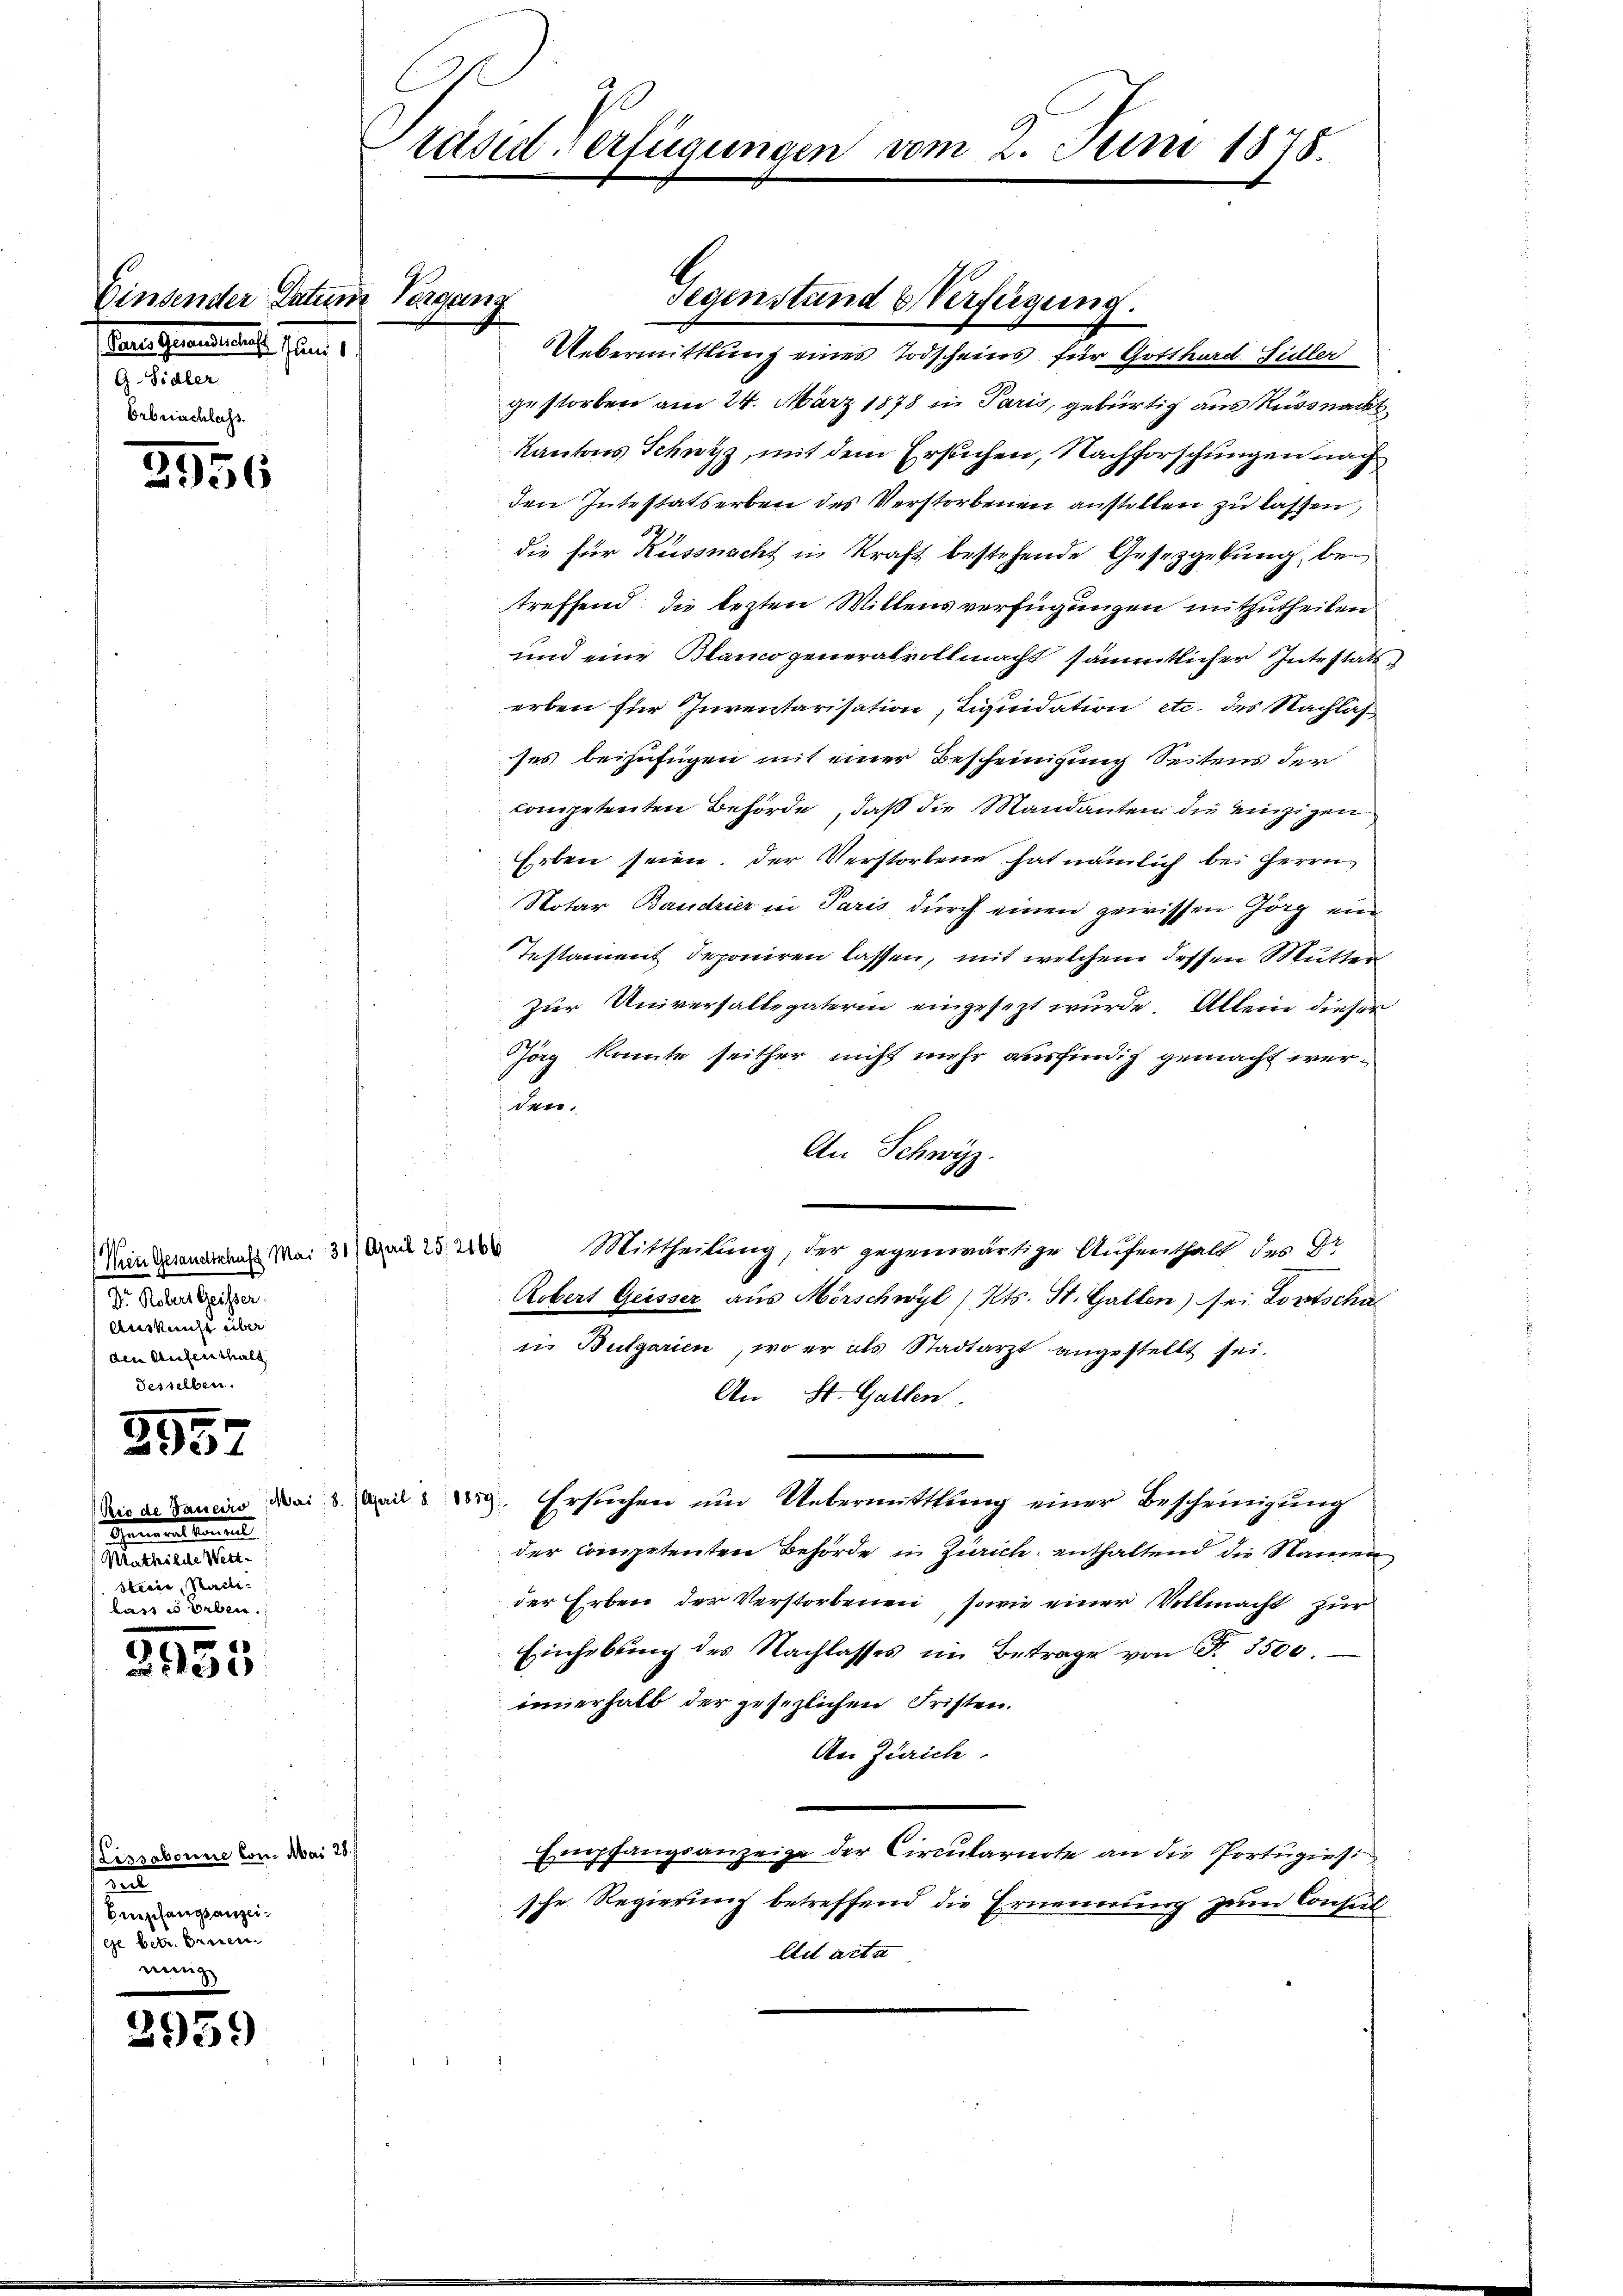
Einsender Datum Vergang
tause ernannt seine
e
Orbeschlass.

2956

1552

Gemeinstal
e
Steine Stelle.
lass es geben.

3555

3959

(Mein Gesandtschaft Mai 31. April 25. 2166
Dr. Rober Geister.
Auskunft über
den Aufenthalt
e

Sissabonne Con. Mai 28./
u
Empfangsanzeige betr. benen

Prasii Verfügungen vom 2. Juni 1875.

Uebermittlung eines Todscheins für Gotthard Sidler
gestorben am 24. März 1878 in Paris, gebürtig aus Rüssnacht¬
Kantons Schwyz, mit dem Ersuchen, Nachforschungen nach
den Intestatserben des Verstorbenen anstellen zu lassen,
die für Küssnacht in Kraft bestehende Gesetzgebung, bei
treffend die lezten Willensverfügungen mitzutheilen
und eine Blanco generalvollmacht sämmtlicher Intestats
erben für Inventarisation, Liquidation etc. des Nachlaß
ses beizufügen mit einer Bescheinigung Seitens der
competenten Behörde, daß die Mandanten die einzigen
Erben seien. Der Verstorbene hat nämlich bei Herrn
Notar Baudrier in Paris durch einen gewissen Görg eine
Testament deponiren lassen, mit welchem dessen Mutter
zur Universallegaterin eingesezt wurde. Allein dieser
Jäg konnte seither nicht mehr ausfindig gemacht wer¬
; der
An Schwyz.
Mittheilung, der gegenwärtige Aufenthalt des Dr.
Robert Geisser aus Mörschwyl Kts. St. Gallen) sei Fortscha
in Bulgarien, wo er als Stadtarzt angestellt sei.
An St. Gallen.
Die de Janein Mai d. und Vig. Ersuchen um Uebermittlung einer Bescheinigung
der competenten Behörde in Zürich, enthaltend die Namen
der Erben der Verstorbenen, sowie einer Vollmacht zur
Einhebŭng des Nachlasses im Betrage von F. 3500.
innerhalb der gesezlichen Fristen.
An Zürich.
Empfangsanzeige der Circularirte an die Portugiess
sche Regierung betreffend die Ernennung zum Consul
Ad acta

Gegenstand & Verfügung.